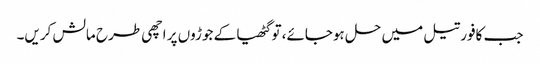
جب کافور تیل میں حل ہوجائے، تو گٹھیا کے جوڑوں پر اچھی طرح مالش کریں۔